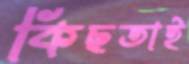
কিছতাই